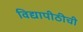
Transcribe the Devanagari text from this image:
विद्यापीठीची